Annual report of the Imperial Bacteriologist
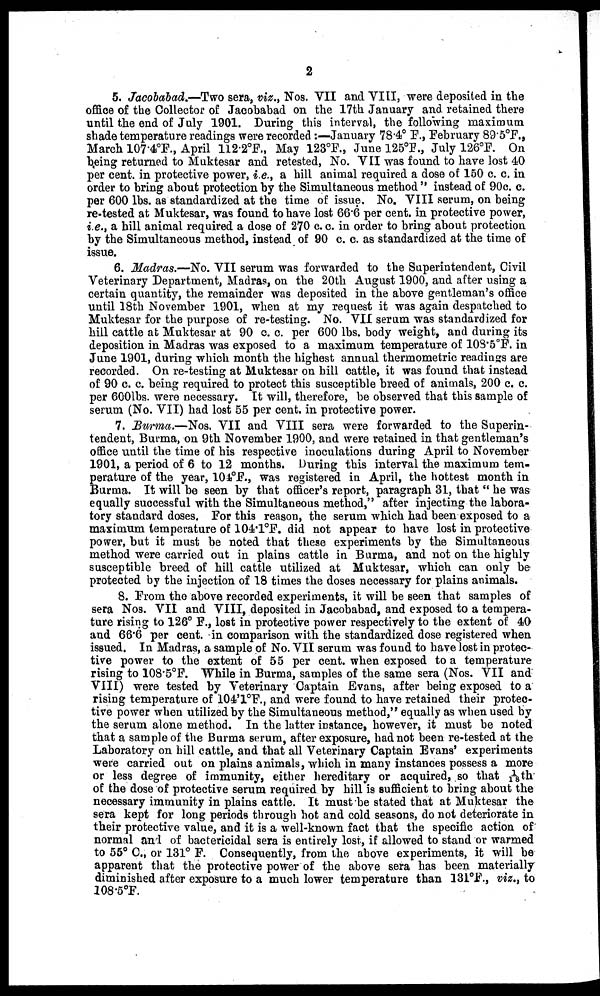
2
5. Jacobabad.—Two sera, viz., Nos. VII and VIII, were deposited in the
office of the Collector of Jacobabad on the 17th January and retained there
until the end of July 1901. During this interval, the following maximum
shade temperature readings were recorded :—January 78.4° F., February 89.5°F.,
March 107.4°F., April 112.2°F., May 123°F., June 125°F., July 126°F. On
being returned to Muktesar and retested, No. VII was found to have lost 40
per cent. in protective power, i.e., a hill animal required a dose of 150 c. c. in
order to bring about protection by the Simultaneous method " instead of 90c. c.
per 600 lbs. as standardized at the time of issue. No. VIII serum, on being
re-tested at Muktesar, was found to have lost 66.6 per cent. in protective power,
i.e., a hill animal required a dose of 270 c. c. in order to bring about protection
by the Simultaneous method, instead of 90 c. c. as standardized at the time of
issue.
6. Madras.—No. VII serum was forwarded to the Superintendent, Civil
Veterinary Department, Madras, on the 20th August 1900, and after using a
certain quantity, the remainder was deposited in the above gentleman's office
until 18th November 1901, when at my request it was again despatched to
Muktesar for the purpose of re-testing. No. VII serum was standardized for
hill cattle at Muktesar at 90 c. c. per 600 lbs. body weight, and during its
deposition in Madras was exposed to a maximum temperature of 108.5°F. in
June 1901, during which month the highest annual thermometric readings are
recorded. On re-testing at Muktesar on hill cattle, it was found that instead
of 90 c. c. being required to protect this susceptible breed of animals, 200 c. c.
per 600lbs. were necessary. It will, therefore, be observed that this sample of
serum (No. VII) had lost 55 per cent. in protective power.
7. Burma.—Nos. VII and VIII sera were forwarded to the Superin-
tendent, Burma, on 9th November 1900, and were retained in that gentleman's
office until the time of his respective inoculations during April to November
1901, a period of 6 to 12 months. During this interval the maximum tem-
perature of the year, 104°F., was registered in April, the hottest month in
Burma. It will be seen by that officer's report, paragraph 31, that " he was
equally successful with the Simultaneous method," after injecting the labora-
tory standard doses. For this reason, the serum which had been exposed to a
maximum temperature of 104.1°F. did not appear to have lost in protective
power, but it must be noted that these experiments by the Simultaneous
method were carried out in plains cattle in Burma, and not on the highly
susceptible breed of hill cattle utilized at Muktesar, which can only be
protected by the injection of 18 times the doses necessary for plains animals.
8. From the above recorded experiments, it will be seen that samples of
sera Nos. VII and VIII, deposited in Jacobabad, and exposed to a tempera-
ture rising to 126° F., lost in protective power respectively to the extent of 40
and 66.6 per cent. in comparison with the standardized dose registered when
issued. In Madras, a sample of No. VII serum was found to have lost in protec-
tive power to the extent of 55 per cent. when exposed to a temperature
rising to 108.5°F. While in Burma, samples of the same sera (Nos. VII and
VIII) were tested by Veterinary Captain Evans, after being exposed to a
rising temperature of 104'1°F., and were found to have retained their protec-
tive power when utilized by the Simultaneous method," equally as when used by
the serum alone method. In the latter instance, however, it must be noted
that a sample of the Burma serum, after exposure, had not been re-tested at the
Laboratory on hill cattle, and that all Veterinary Captain Evans' experiments
were carried out on plains animals, which in many instances possess a more
or less degree of immunity, either hereditary or acquired, so that 1/18 th
of the dose of protective serum required by hill is sufficient to bring about the
necessary immunity in plains cattle. It must be stated that at Muktesar the
sera kept for long periods through hot and cold seasons, do not deteriorate in
their protective value, and it is a well-known fact that the specific action of
normal and of bactericidal sera is entirely lost, if allowed to stand or warmed
to 55° C., or 131° F. Consequently, from the above experiments, it will be
apparent that the protective power of the above sera has been materially
diminished after exposure to a much lower temperature than 131°F., viz., to
108.5°F.